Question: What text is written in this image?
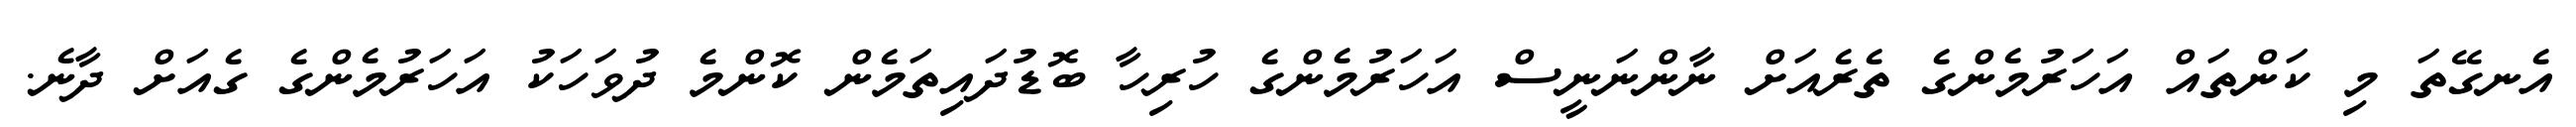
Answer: އެނގޭތަ މި ކަންތައް އަހަރުމެންގެ ތެރެއަށް ނާންނަނީސް އަހަރުމެންގެ ހުރިހާ ބޮޑުދައިތަމެން ކޮންމެ ދުވަހަކު އަހަރުމެންގެ ގެއަށް ދާނެ.